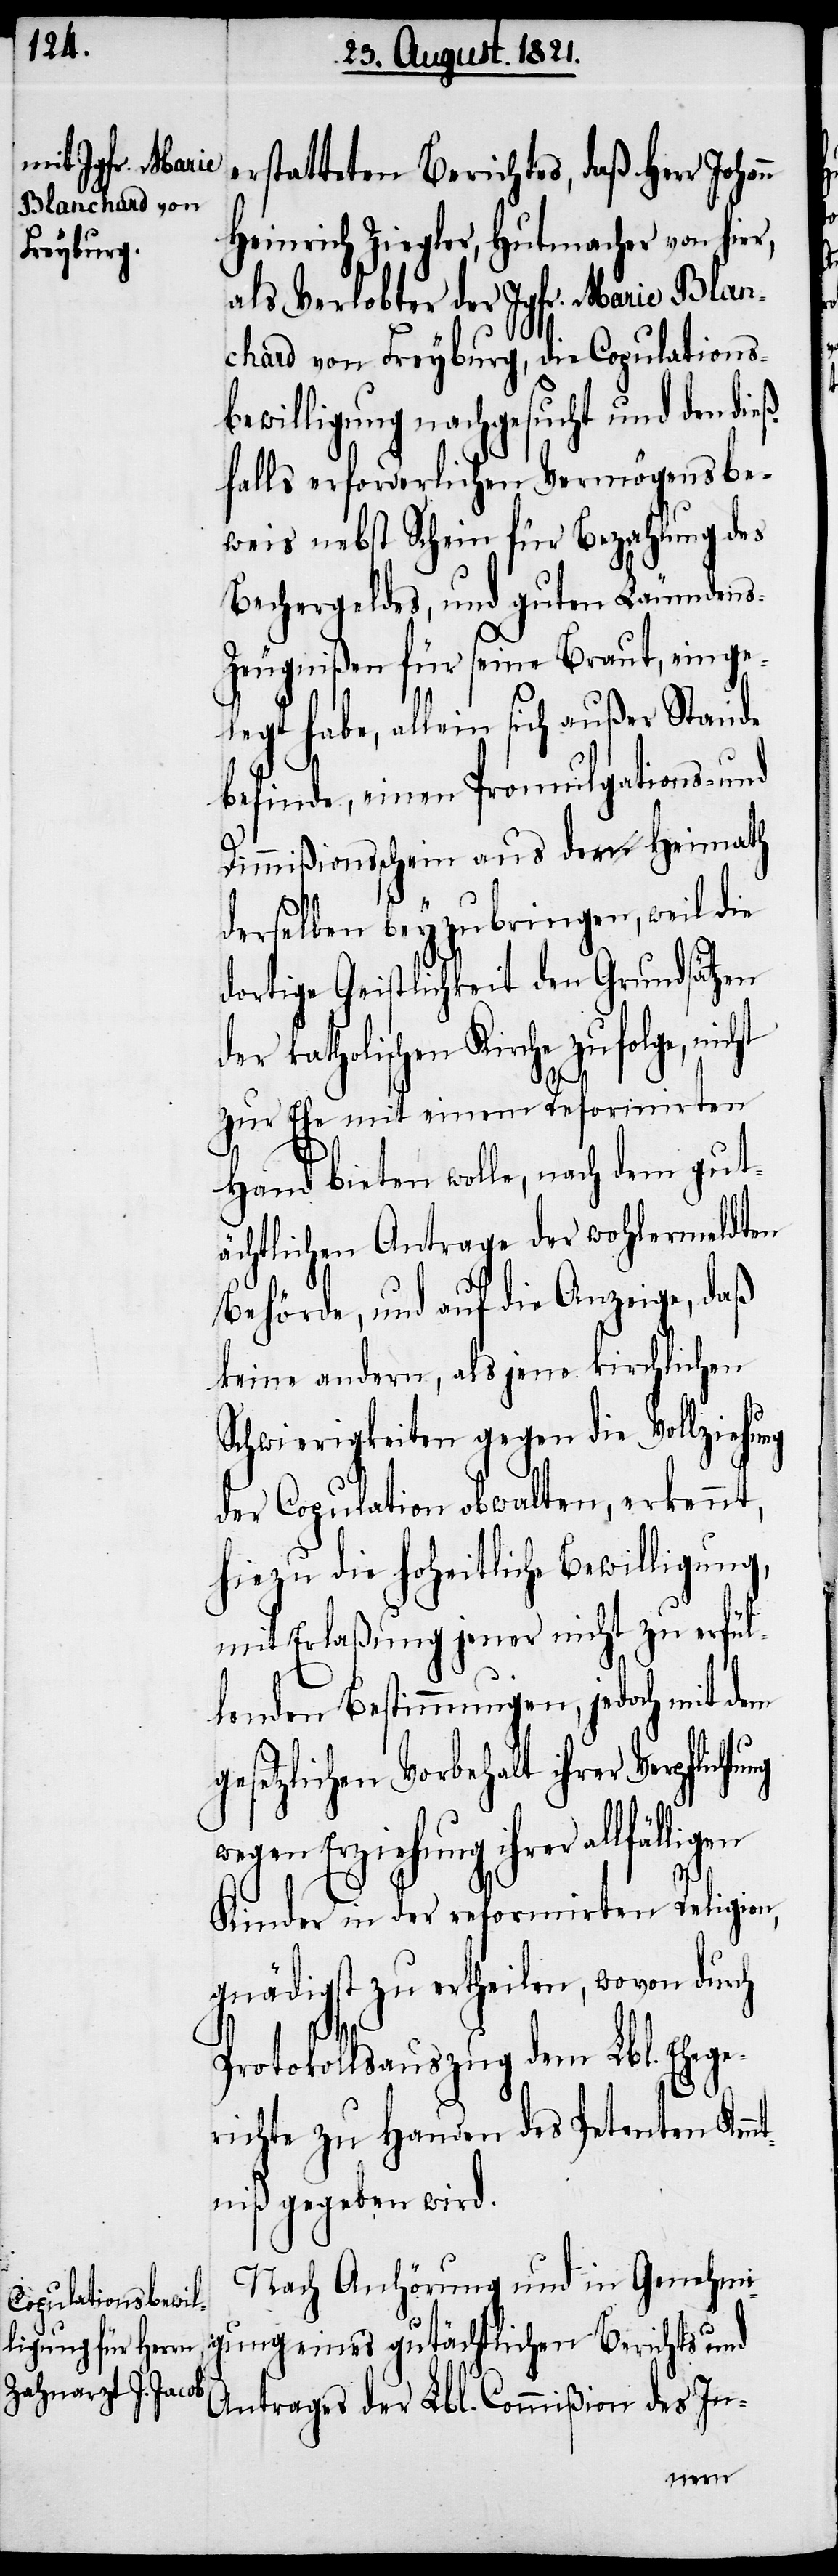
erstatteten Berichtes, daß Herr Johan¬
Heinrich Ziegler, Hutmacher von hier,
als Verlobter der Jgfr. Marie Blan¬
chard von Freyburg, die Copulations¬
bewilligung nachgesucht und den dieß¬
falls erforderlichen Vermögensbe¬
weis nebst Schein für Bezahlung des
Bechergeldes, und guten Leumden¬
eugnißen für seine Braut, einge¬
legt habe, allein sich außer Stande
befinde, einen Promulgations- und
Dimmißionsschein aus der Heimath
derselben beyzubringen, weil die
dortige Geistlichkeit den Grundsätzen
der katholischen Kirche zufolge, nicht
gen
zur Ehe mit einem Reformirten
Hand bieten wolle, nach dem gut¬
ächtlichen Antrage der wohlermeldten
Behörde, und auf Anzeige, daß
keine andere, als jene kirchlichen
Schwierigkeiten gegen die Vollziehung
der Copulation obwalten, erkennt,
hiezu die hoheitliche Bewilligung,
mit Erlaßung jener nicht zu erfül¬
lenden Bestimmungen, jedoch mit dem
esetzlichen Vorbehalt ihrer Verpflich¬
wegen Erziehung ihrer allfälli¬
n
Kinder in der reformirten Religion,
gnädigst zu ertheilen, wovon
Protokollsauszug dem Lbl. Ehege¬
richte zu Handen des Petenten Kenn¬
tniß gegeben wird.
Nach Anhörung und in Genehmi¬
gung eines gutächtlichen Berichts und
Antrages der Lbl. Commißion des In-